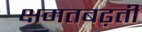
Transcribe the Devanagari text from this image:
क्षमतबढ़ती